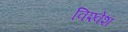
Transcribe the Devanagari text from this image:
विश्‍वेश